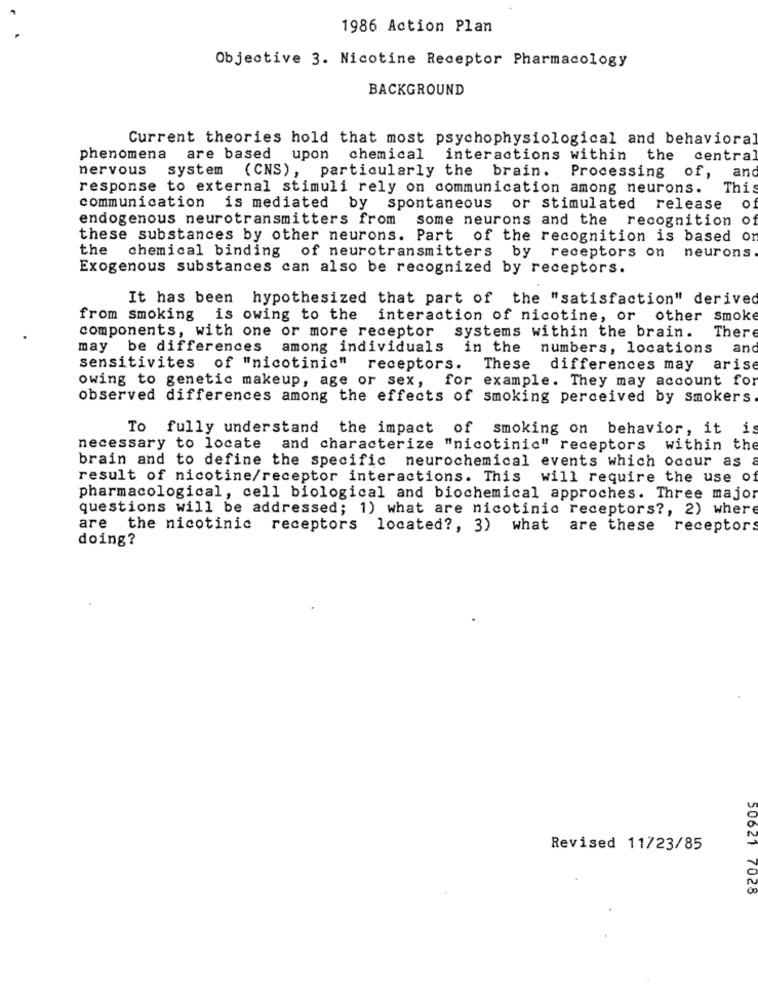
1986 Action Plan
Objective 3. Nicotine Receptor Pharmacology
BACKGROUND
Current theories hold that most psychophysiological and behavioral
phenomena are based upon chemical interactions within the central
nervous system (CNS), particularly the brain.
Processing
of.
and
response to external stimuli rely on communication among neurons.
Thi
0
communication is mediated by spontaneous or stimulated release
endogenous neurotransmitters from
some neurons and the
recognition of
these substances by other neurons. Part of the recognition is based on
the
chemical binding of neurotransmitters by receptors on
neurons
Exogenous substances can also be recognized by receptors.
It has been hypothesized that part of the "satisfaction" derived
from smoking is owing to the interaction of nicotine, or other smoke
components, with one or more receptor systems within the brain.
There
may be differences among individuals in the numbers, locations
and
sensitivites of "nicotinic" receptors.
These differences may
arise
owing to genetic makeup, age or sex,
for example. They may account for
observed differences among the effects of smoking perceived by smokers
To fully understand the impact of smoking on behavior, it i
necessary to locate
and characterize "nicotinic" receptors
within the
brain and to define the specific neurochemical events which occur as a
result of nicotine/receptor interactions. This will require the use of
pharmacological, cell biological and biochemical approches. Three major
questions will be addressed; 1) what are nicotinic receptors ?, 2) where
are the nicotinic receptors located ?, 3) what are these receptors
doing?
Revised 11/23/85
50621 7028